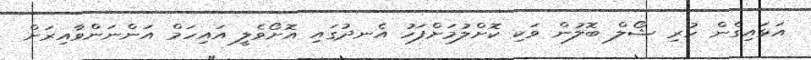
އަޅައިގެން ހުރި ޝޯލް ބޮލުން ވަކި ކޮށްލުމަށްފަހު އެނދުގައި އޮށޯވެލީ އައިހަމް އަންނަންވާއިރަށް